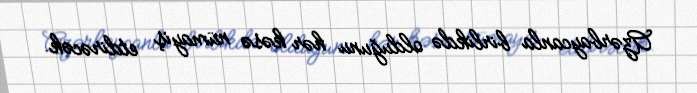
Azərbaycanla birlikdə olduğunu hər kəsə nümayiş etdirəcək.